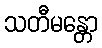
သတီမန္တော